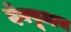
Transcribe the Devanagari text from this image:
देवपूजाच